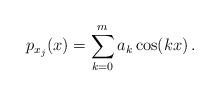
LaTeX: \begin{align*}p_{x_j}(x) = \sum_{k=0}^{ m} a_k \cos (k x)\,.\end{align*}